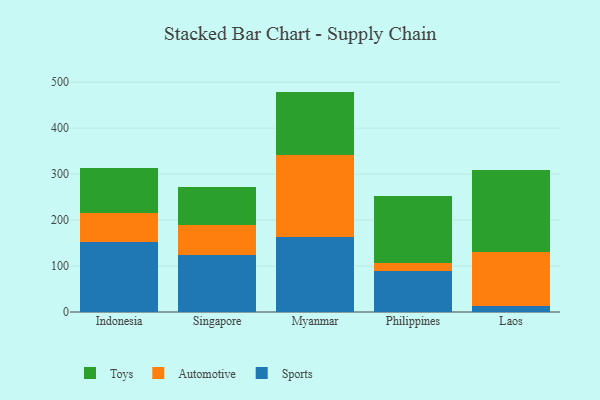
{"axis": {"x": "Country", "y": "Customer Acquisition Cost (USD)"}, "legend": ["Automotive", "Sports", "Toys"], "data": [{"x": "Indonesia", "y": 151.9, "type": "Sports"}, {"x": "Indonesia", "y": 64.5, "type": "Automotive"}, {"x": "Indonesia", "y": 96.3, "type": "Toys"}, {"x": "Singapore", "y": 123.5, "type": "Sports"}, {"x": "Singapore", "y": 66.0, "type": "Automotive"}, {"x": "Singapore", "y": 83.4, "type": "Toys"}, {"x": "Myanmar", "y": 163.4, "type": "Sports"}, {"x": "Myanmar", "y": 178.8, "type": "Automotive"}, {"x": "Myanmar", "y": 137.4, "type": "Toys"}, {"x": "Philippines", "y": 89.9, "type": "Sports"}, {"x": "Philippines", "y": 17.6, "type": "Automotive"}, {"x": "Philippines", "y": 145.6, "type": "Toys"}, {"x": "Laos", "y": 12.8, "type": "Sports"}, {"x": "Laos", "y": 117.8, "type": "Automotive"}, {"x": "Laos", "y": 179.0, "type": "Toys"}]}